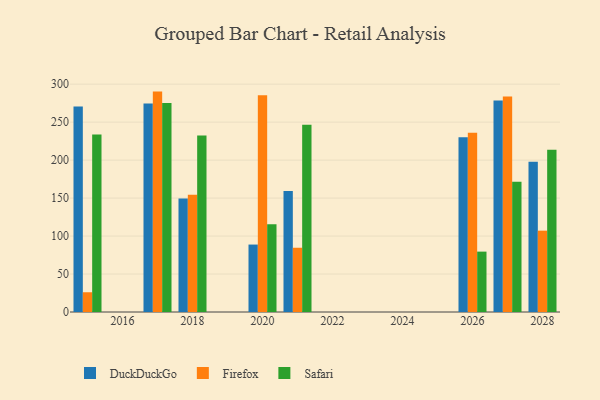
{"axis": {"x": "Year", "y": "Net Income (USD K)"}, "legend": ["DuckDuckGo", "Firefox", "Safari"], "data": [{"x": "2015", "y": 270.5, "type": "DuckDuckGo"}, {"x": "2015", "y": 26.0, "type": "Firefox"}, {"x": "2015", "y": 233.6, "type": "Safari"}, {"x": "2027", "y": 278.6, "type": "DuckDuckGo"}, {"x": "2027", "y": 283.9, "type": "Firefox"}, {"x": "2027", "y": 171.5, "type": "Safari"}, {"x": "2021", "y": 159.2, "type": "DuckDuckGo"}, {"x": "2021", "y": 84.6, "type": "Firefox"}, {"x": "2021", "y": 246.6, "type": "Safari"}, {"x": "2020", "y": 88.8, "type": "DuckDuckGo"}, {"x": "2020", "y": 285.5, "type": "Firefox"}, {"x": "2020", "y": 115.5, "type": "Safari"}, {"x": "2017", "y": 274.6, "type": "DuckDuckGo"}, {"x": "2017", "y": 290.2, "type": "Firefox"}, {"x": "2017", "y": 275.3, "type": "Safari"}, {"x": "2028", "y": 197.8, "type": "DuckDuckGo"}, {"x": "2028", "y": 107.1, "type": "Firefox"}, {"x": "2028", "y": 213.6, "type": "Safari"}, {"x": "2026", "y": 230.1, "type": "DuckDuckGo"}, {"x": "2026", "y": 235.9, "type": "Firefox"}, {"x": "2026", "y": 79.5, "type": "Safari"}, {"x": "2018", "y": 149.4, "type": "DuckDuckGo"}, {"x": "2018", "y": 154.5, "type": "Firefox"}, {"x": "2018", "y": 232.3, "type": "Safari"}]}